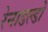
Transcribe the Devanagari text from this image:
रेनाडल्डो